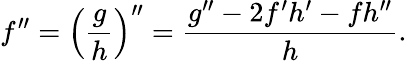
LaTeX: f^{\prime\prime}=\left({\frac{g}{h}}\right)^{\prime\prime}={\frac{g^{\prime\prime}-2f^{\prime}h^{\prime}-fh^{\prime\prime}}{h}}.